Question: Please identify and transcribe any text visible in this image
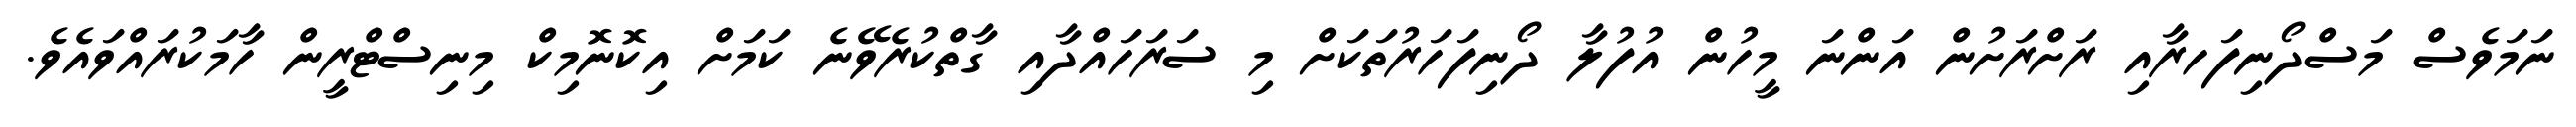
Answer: ނަމަވެސް މަސްދޯނިފަހރާއި ރަށްރަށުން އަންނަ މީހުން އުފުލާ ދޯނިފަހަރުތަކަށް މި ސަރަހައްދާއި ގާތްކުރެވޭނެ ކަމަށް އިކޮނޮމިކް މިނިސްޓްރީން ހާމަކުރައްވައެވެ.